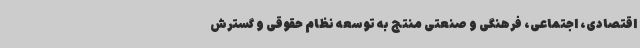
اقتصادی، اجتماعی، فرهنگی و صنعتی منتج به توسعه نظام حقوقی و گسترش